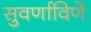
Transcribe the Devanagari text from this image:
सुवर्णाविणें